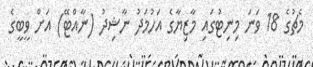
މެޗުގެ 18 ވަނަ މިނިޓުގައި މާޒިޔާގެ އަހުމަދު ނާޝިދު (ނާއްޓޭ) އަށް ވީބީގެ